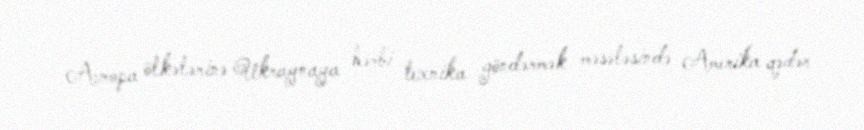
Avropa ölkələrinə Ukraynaya hərbi texnika göndərmək məsələsində Amerika qədər